Alphabetical list of drugs, medicines and other preparations free from, and containing, spirit compiled from the results of tests made by the customs houses at Calcutta, Bombay, and Madras
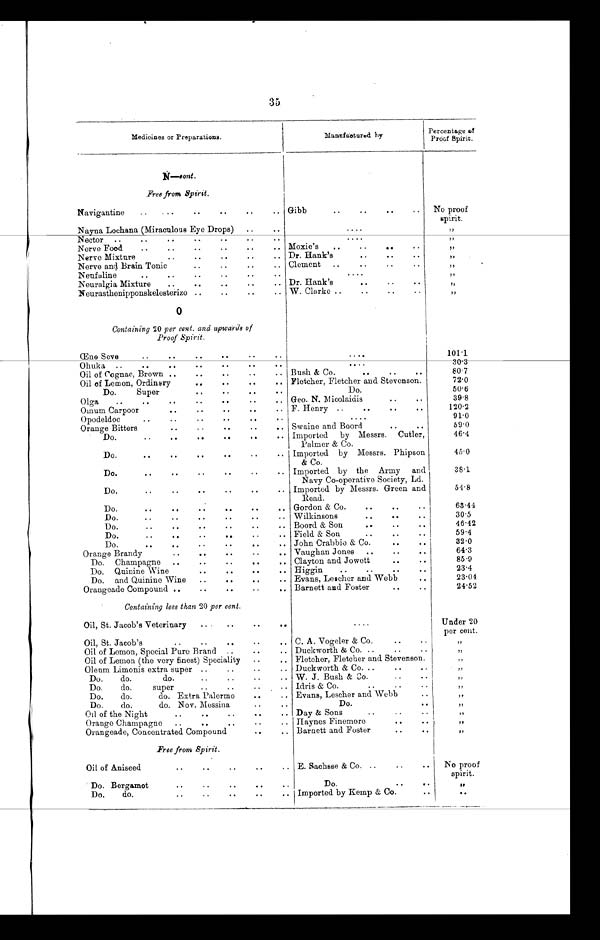
35
Medicines or Preparations.
Manufactured by
Percentage of
Proof Spirit.
N — C o n t
Free from Spirit.
Navigantine . . . Gibb . . .
No proof
spirit.
Nayna Lochana (Miraculous Eye Drops) . . .
. . .
"
Nector
.
.
.
. . .
"
N e r v e F o o d . . .
Moxie's . . .
"
N e r v e M i x t u r e . . .
Dr. Hank's . . .
"
N e r v e a n d B r a i n T o n i c . . .
Clement . . .
"
Nenfaline
. . .
. . .
"
Neuralgia Mixture . . . Dr. Hank's . . .
"
Neurasthenipponskelesterizo . . . W. Clarke . . .
"
O
Containing 20 per cent. and upwards of
Proof Spirit.
Œne Seve . . .
. . .
101.1
Ohuka
.
.
.
. . .
30. 3
Oil of Cognac, Brown . . . Bush & Co. . . .
80.7
Oil of Lemon, Ordinary . . . Fletcher, Fletcher and Stevenson.
72.0
Do.
Super . . .
Do.
50.6
Olga
.
.
. Geo. N. Micolaidis . . .
39.8
Omum Carpoor . . . F. Henry . . .
120.2
Opodeldoc . . .
. . .
91.0
Orange Bitters . . . Swaine and Boord . . .
59.0
Do.
.
.
. Imported
by Messrs.
Cutl er, Pal mer & Co.
46.4
Do.
.
.
.
Import ed By Messrs. Phi pson & Co. . . .
45.0
Do.
.
.
. Imported by the Army
and
Navy Co-operative Society, Ld.
38.1
Do.
.
.
. Imported by Messrs. Green and
Read.
54.8
Do.
.
.
. Gordon & Co. . . .
63.44
Do.
.
.
. Wilkinsons . . .
30.5
D o . . . .
Boord & Son . . .
46.42
Do.
.
.
. Field & Son . . .
59.4
Do.
.
.
. John Crabbie & Co. . . .
32.0
Orange Brandy . . . Vaughan Jones . . .
64.3
Do.
Champagne . . . Clayton and Jowett . . .
85.9
Do.
Quinine Wine . . . Higgin . . .
23.4
Do.
and Quinine Wine
. . . Evans, Lescher and Webb . . .
23.04
Orangeade Compound . . . Barnett and Foster . . .
24.52
Containing less than 20 per cent.
Oil, St. Jacob's Veterinary . . .
. . .
Under 20
per cent.
Oil, St. Jacob's . . . C. A. Vogeler & Co. . . .
"
Oil of Lemon, Special Pure Brand . . . Duckworth & Co. . . .
"
Oil of Lemon (the very finest) Speciality . . . Fletcher, Fletcher and Stevenson.
"
Oleum Limonis extra super . . . Duckworth & Co. . . .
"
Do.
do.
do.
. . . W. J. Bush & Co.
"
Do.
do.
super . . . Idris & Co. . . .
"
Do.
do.
do. Extra Palermo . . . Evans, Lescher and Webb
"
Do.
do.
do. N o v . M e s s i n a . . .
Do. . . .
"
Oil of the Night . . . Day & Sons . . .
"
Orange Champagne . . . Haynes Finemore . . .
"
Orangeade, Concentrated Compound . . . Barnett and Foster . . .
"
Free from Spirit.
Oil of Aniseed . . . E. Sachsse & Co. . . .
No proof
spirit.
Do. Bergamot . . .
Do. . . .
"
Do.
do.
.
.
. Imported by Kemp & Co. . . .
"